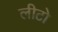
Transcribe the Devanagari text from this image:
लीटो